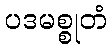
ပဒမစ္စုတံ